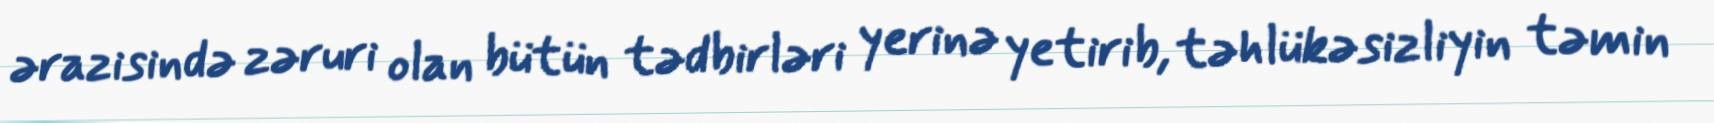
ərazisində zəruri olan bütün tədbirləri yerinə yetirib, təhlükəsizliyin təmin